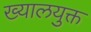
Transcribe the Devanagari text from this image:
ख्यालयुक्त